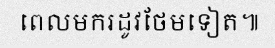
ពេលមករដូវថែមទៀត៕